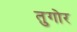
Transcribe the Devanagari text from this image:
तुगोर